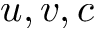
u , v , c